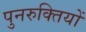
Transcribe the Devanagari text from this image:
पुनरुक्तियों